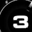
Digit: 3